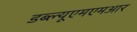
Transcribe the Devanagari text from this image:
डब्ल्यूएमएमआर